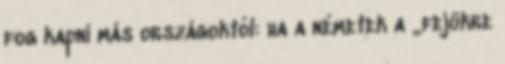
fog kapni más országoktól: ha a németek a „fejükre